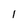
Character: 1